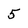
Character: 5